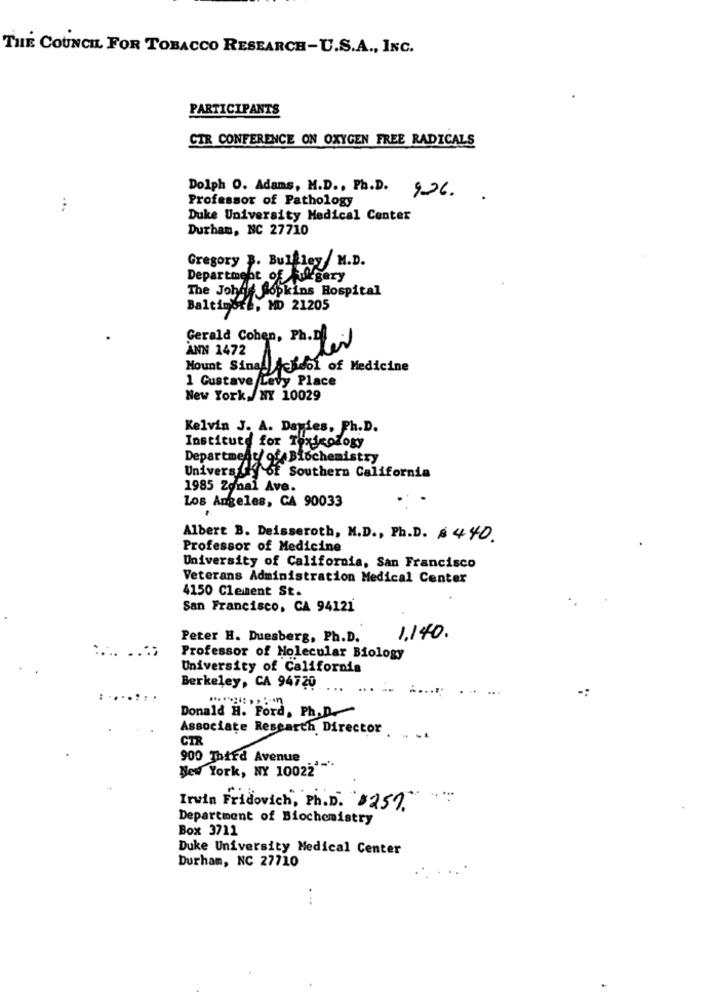
THE COUNCIL FOR TOBACCO RESEARCH-U.S.A ., INC.
PARTICIPANTS
CTR CONFERENCE ON OXYGEN FREE RADICALS
Dolph O. Adans, M.D ., Ph.D. 926.
Professor of Pathology
...
Duke University Medical Center
Durham, NC 27710
Gregory B. Bulaley M.D.
Department of Rullgery
The Johns hopkins Hospital
Baltimore, MD 21205
ANN 1472
Gerald Cohen, Ph.D. - J
Mount Sinall School of Medicine
1 Gustave Levy Place
New York, NY 10029
Kelvin J. A. Dayies, Ph.D.
Institute for Toxicology
Department of Biochemistry
University of Southern California
1985 Zonal Ave.
Los Angeles, CA 90033
Albert B. Deisseroth, M.D ., Ph.D. $440.
Professor of Medicine
University of California, San Francisco
Veterans Administration Medical Center
4150 Clement St.
San Francisco, CA 94121
Peter H. Duesberg, Ph.D.
1.140.
Professor of Molecular Biology
University of California
Berkeley, CA 94720
-:
Donald H.
Word, Ph.D.
Associate Research Director
CTR
900 Third Avenue
New York, NY 10022' ***
Irvin Fridovich, Ph.D. $250,
Department of Biochemistry
Box 3711
Duke University Medical Center
Durham, NC 27710
...